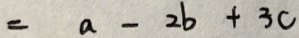
= a - 2 b + 3 c